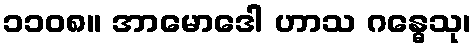
၁၁၀၈။ အာမောဒေါ ဟာသ ဂန္ဓေသု၊